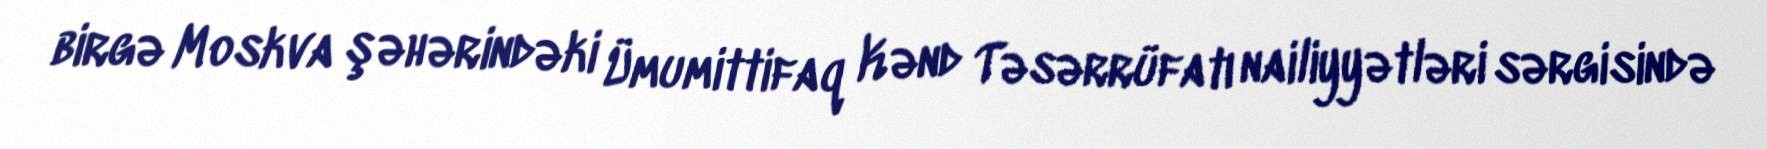
birgə Moskva şəhərindəki Ümumittifaq Kənd Təsərrüfatı nailiyyətləri sərgisində